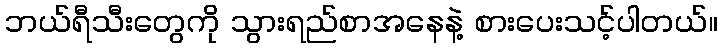
ဘယ်ရီသီးတွေကို သွားရည်စာအနေနဲ့ စားပေးသင့်ပါတယ်။